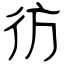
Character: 彷